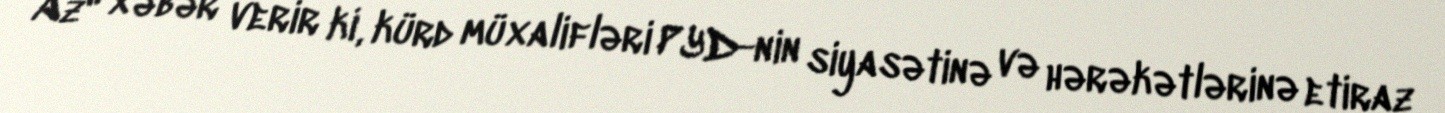
Az" xəbər verir ki, kürd müxalifləri PYD-nin siyasətinə və hərəkətlərinə etiraz